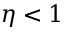
\eta < 1